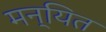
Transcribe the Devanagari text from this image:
मन्यित